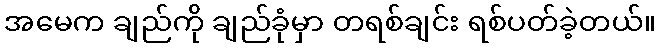
အမေက ချည်ကို ချည်ခုံမှာ တရစ်ချင်း ရစ်ပတ်ခဲ့တယ်။